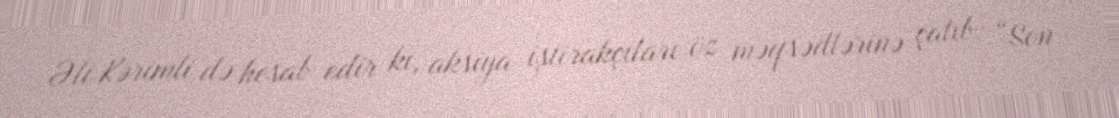
Əli Kərimli də hesab edir ki, aksiya iştirakçıları öz məqsədlərinə çatıb: “Son